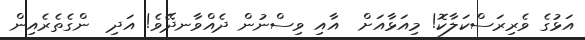
އަޅުގެ ވެރިރަސްކަލާކޮ! މިއަޅާއަށް  އާއި ވިސްނުން ދެއްވާނދޭވެ! އަދި  ންގެތެރެއިން